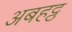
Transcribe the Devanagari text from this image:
अबहट्ठ